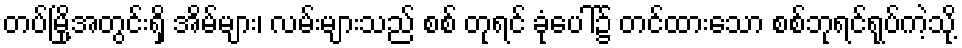
တပ်မြို့အတွင်းရှိ အိမ်များ၊ လမ်းများသည် စစ် တုရင် ခုံပေါ်၌ တင်ထားသော စစ်ဘုရင်ရုပ်ကဲ့သို့